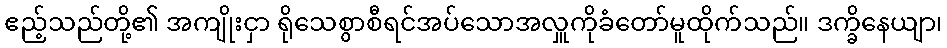
ဧည့်သည်တို့၏ အကျိုးငှာ ရိုသေစွာစီရင်အပ်သောအလှူကိုခံတော်မူထိုက်သည်။ ဒက္ခိနေယျာ၊